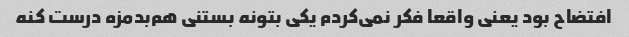
افتضاح بود یعنی واقعا فکر نمی‌کردم یکی بتونه بستنی هم‌بدمزه درست کنه